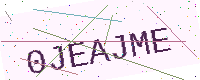
Text: 0JEAJME